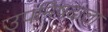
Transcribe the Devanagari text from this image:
उपनिषदाला